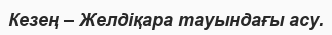
Кезең – Желдіқара тауындағы асу.